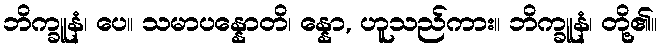
ဘိက္ခူနံ၊ ပေ။ သမာပန္နောတိ၊ န္နော, ဟူသည်ကား။ ဘိက္ခူနံ၊ တို့၏။